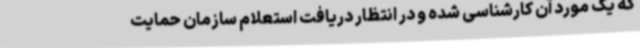
که یک مورد آن کارشناسی شده و در انتظار دریافت استعلام سازمان حمایت